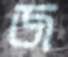
জ